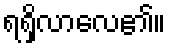
ရရှိလာလေ၏။